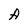
Character: A